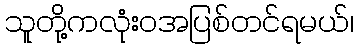
သူတို့ကလုံးဝအပြစ်တင်ရမယ်၊